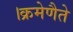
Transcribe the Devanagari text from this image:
।क्रमेणैते